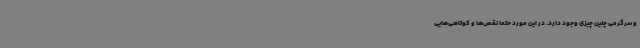
و سرگرمی چنین چیزی وجود دارد. در این مورد حتما نقص‌ها و کوتاهی‌هایی